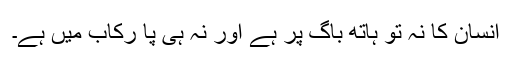
انسان کا نہ تو ہاتھ باگ پر ہے اور نہ ہی پا رکاب میں ہے۔